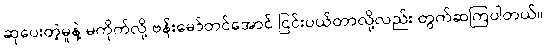
ဆုပေးတဲ့မူနဲ့ မကိုက်လို့ ဗန်းမော်တင်အောင် ငြင်းပယ်တာလို့လည်း တွက်ဆကြပါတယ်။